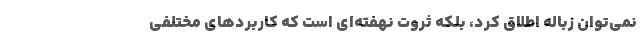
نمی‌توان زباله اطلاق کرد، بلکه ثروت نهفته‌ای است که کاربردهای مختلفی